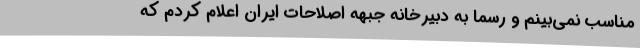
مناسب نمی‌بینم و رسما به دبیرخانه جبهه اصلاحات ایران اعلام کردم که